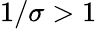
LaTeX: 1/\sigma>1